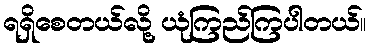
ရရှိစေတယ်လို့ ယုံကြည်ကြပါတယ်။